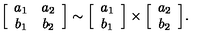
\Big [ \begin{array} { c c } { a _ { 1 } } & { a _ { 2 } } \\ { b _ { 1 } } & { b _ { 2 } } \\ \end{array} \Big ] \sim \Big [ \begin{array} { c } { a _ { 1 } } \\ { b _ { 1 } } \\ \end{array} \Big ] \times \Big [ \begin{array} { c } { a _ { 2 } } \\ { b _ { 2 } } \\ \end{array} \Big ] .